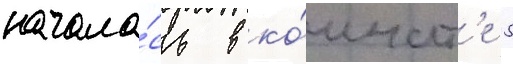
начала́сь в ко́мнат'е 5